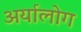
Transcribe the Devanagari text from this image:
अर्यालोग